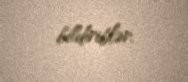
bildiriblər.